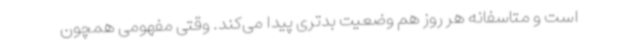
است و متاسفانه هر روز هم وضعیت بدتری پیدا می‌کند. وقتی مفهومی همچون